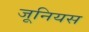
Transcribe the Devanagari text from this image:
जूनियस